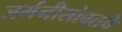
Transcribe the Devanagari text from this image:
जर्मनीसोबतचे